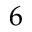
6